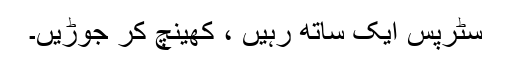
سٹرپس ایک ساتھ رہیں ، کھینچ کر جوڑیں۔